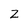
Character: Z